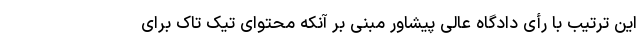
این ترتیب با رأی دادگاه عالی پیشاور مبنی بر آنکه محتوای تیک تاک برای